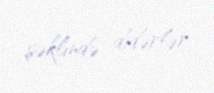
şəklində didərlər.